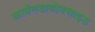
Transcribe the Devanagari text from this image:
कार्बनडायोक्साइड